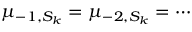
\mu _ { - 1 , S _ { k } } = \mu _ { - 2 , S _ { k } } = \cdots